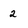
Character: 2